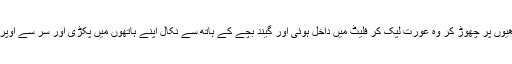
اپنے دوسرے بچے کو سیڑھیوں پر چھوڑ کر وہ عورت لپک کر فلیٹ میں داخل ہوئی اور گیند بچے کے ہاتھ سے نکال اپنے ہاتھوں میں پکڑی اور سر سے اوپر بلند کر کے کھڑی ہو گئی۔